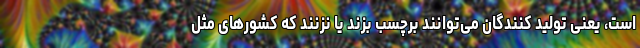
است، یعنی تولید کنندگان می‌توانند برچسب بزند یا نزنند که کشورهای مثل